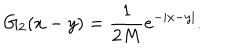
G _ { 2 } ( x - y ) = { \frac { 1 } { 2 M } } e ^ { - | x - y | } .